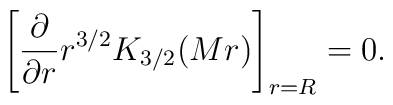
\left[{\partial \over \partial r}r^{3/2}K_{3/2}(Mr)\right]_{r=R}=0.